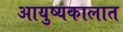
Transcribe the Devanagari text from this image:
आयुष्यकालात